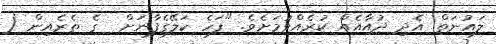
ލައުނަތް އެދި ދުއާއެއް ކުރެއްވުމަށެވެ. "ފަހެ ކަލޭގެފާނަށް  ގެ ތެރެއިން (